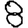
Digit: 8